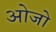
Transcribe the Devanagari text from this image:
ओजो